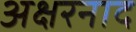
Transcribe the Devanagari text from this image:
अक्षरनाद